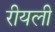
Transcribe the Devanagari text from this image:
रीयली